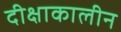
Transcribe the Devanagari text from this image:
दीक्षाकालीन